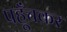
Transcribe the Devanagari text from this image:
पहूँचकर